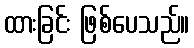
ထားခြင်း ဖြစ်ပေသည်။